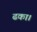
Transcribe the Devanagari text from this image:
ढका।